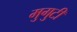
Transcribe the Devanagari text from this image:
मुगुटीं